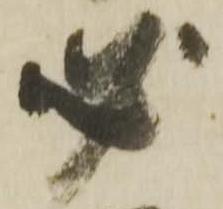
必